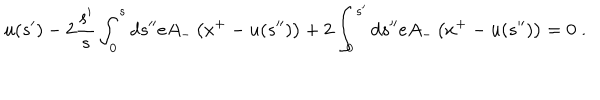
u ( s ^ { \prime } ) - 2 \frac { s ^ { \prime } } { s } \int _ { 0 } ^ { s } d s ^ { \prime \prime } e A _ { - } \left( x ^ { + } - u ( s ^ { \prime \prime } ) \right) + 2 \int _ { 0 } ^ { s ^ { \prime } } d s ^ { \prime \prime } e A _ { - } \left( x ^ { + } - u ( s ^ { \prime \prime } ) \right) = 0 \; .